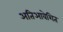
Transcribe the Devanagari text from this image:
अतिआवेशित